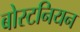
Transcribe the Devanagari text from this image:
बोस्टनियन